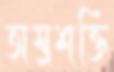
অস্ত্রশক্তি